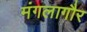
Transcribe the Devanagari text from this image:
मंगलागौर